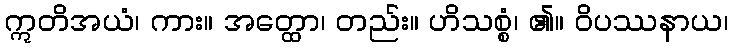
ဣတိအယံ၊ ကား။ အတ္ထော၊ တည်း။ ဟိသစ္စံ၊ ၏။ ဝိပဿနာယ၊